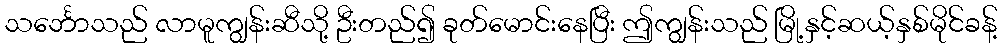
သင်္ဘောသည် လာမူကျွန်းဆီသို့ ဦးတည်၍ ခုတ်မောင်းနေပြီး ဤကျွန်းသည် မြို့နှင့်ဆယ့်နှစ်မိုင်ခန့်